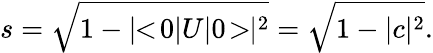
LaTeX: s=\sqrt{1-|\! \! <\! 0|U|0\! >\! \! |^{2}}=\sqrt{1-|c|^{2}}.